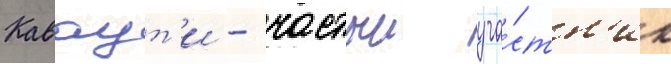
Каваут'и - частыи уча́стн'ик